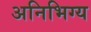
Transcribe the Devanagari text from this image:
अनिभिग्य